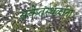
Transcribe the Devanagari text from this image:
संकेतस्थळाना